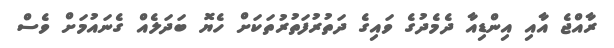
ރާއްޖެ އާއި އިންޑިއާ ދެމެދުގެ ވައިގެ ދަތުރުފަތުރުތަކަށް ހެޔޮ ބަދަލެއް ގެނައުމަށް ވެސް